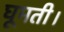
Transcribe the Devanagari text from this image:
घूमती।